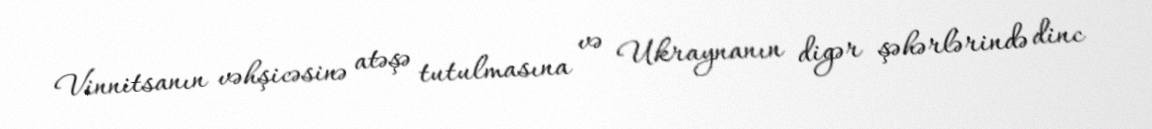
Vinnitsanın vəhşicəsinə atəşə tutulmasına və Ukraynanın digər şəhərlərində dinc